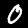
Label: 0